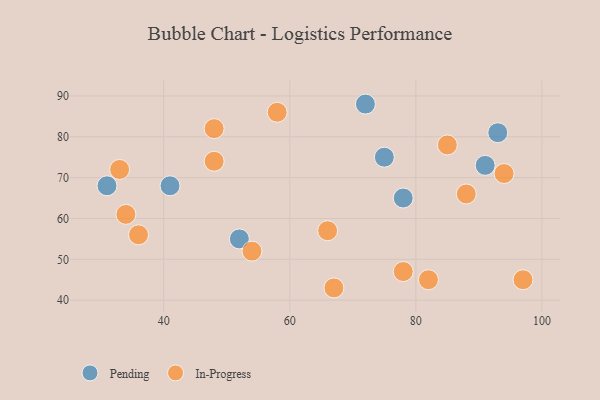
{"axis": {"x": "GDP", "y": "Life Expectancy"}, "legend": ["In-Progress", "Pending"], "data": [{"x": "41", "y": 68, "type": "Pending"}, {"x": "72", "y": 88, "type": "Pending"}, {"x": "91", "y": 73, "type": "Pending"}, {"x": "75", "y": 75, "type": "Pending"}, {"x": "78", "y": 65, "type": "Pending"}, {"x": "31", "y": 68, "type": "Pending"}, {"x": "93", "y": 81, "type": "Pending"}, {"x": "52", "y": 55, "type": "Pending"}, {"x": "58", "y": 86, "type": "In-Progress"}, {"x": "88", "y": 66, "type": "In-Progress"}, {"x": "94", "y": 71, "type": "In-Progress"}, {"x": "34", "y": 61, "type": "In-Progress"}, {"x": "67", "y": 43, "type": "In-Progress"}, {"x": "82", "y": 45, "type": "In-Progress"}, {"x": "48", "y": 82, "type": "In-Progress"}, {"x": "36", "y": 56, "type": "In-Progress"}, {"x": "97", "y": 45, "type": "In-Progress"}, {"x": "78", "y": 47, "type": "In-Progress"}, {"x": "85", "y": 78, "type": "In-Progress"}, {"x": "33", "y": 72, "type": "In-Progress"}, {"x": "66", "y": 57, "type": "In-Progress"}, {"x": "48", "y": 74, "type": "In-Progress"}, {"x": "54", "y": 52, "type": "In-Progress"}]}